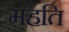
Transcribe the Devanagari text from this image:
महति